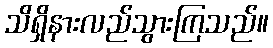
သိရှိနားလည်သွားကြသည်။